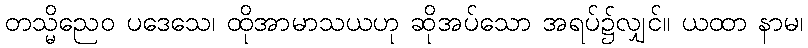
တသ္မိညေဝ ပဒေသေ၊ ထိုအာမာသယဟု ဆိုအပ်သော အရပ်၌လျှင်။ ယထာ နာမ၊